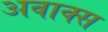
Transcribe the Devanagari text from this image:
अवाक्स